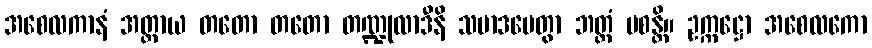
အစေလကာနံ အတ္ထာယ တတော တတော တဏ္ဍုလာဒီနိ သမာဒပေတွာ ဘတ္တံ ပစန္တိ။ ဥက္ကဋ္ဌော အစေလကော